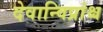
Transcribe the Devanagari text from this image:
देवान्विप्रांश्च